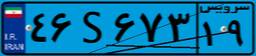
۴۶S۶۷۳۱۹